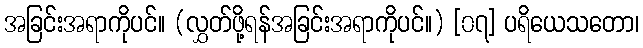
အခြင်းအရာကိုပင်။ (လွှတ်ဖို့ရန်အခြင်းအရာကိုပင်။) [၀၇] ပရိယေသတော၊